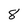
Character: 8